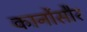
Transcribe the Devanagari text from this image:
कार्नोसौर